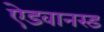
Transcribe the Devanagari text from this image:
ऐडवानस्ड